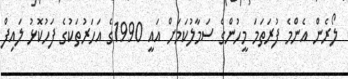
ލޯރެން އެންމެ ފުރަތަމަ މީހުންގެ ސަމާލުކަމަށް އައީ 1990ގެ އަހަރުތަކުގެ ފަހުކޮޅު ލައިފް